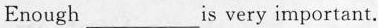
Enoug h___ is very important.